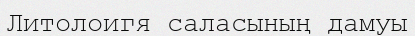
Литолоигя саласының дамуы